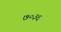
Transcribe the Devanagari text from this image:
७०३६